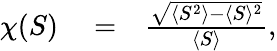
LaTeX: \begin{array}{rlr}{\chi(S)}&{{}=}&{\frac{\sqrt{\langle S^{2}\rangle-\langle S\rangle^{2}}}{\langle S\rangle},}\end{array}